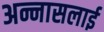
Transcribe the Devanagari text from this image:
अन्नासलाई